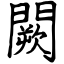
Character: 闕